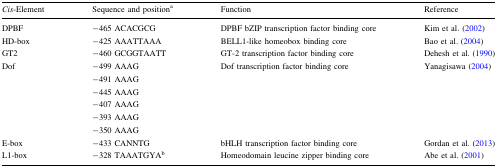
<table><thead><tr><td><b><i>Cis</i>-Element</b></td><td><b>Sequence and position<sup>a</sup></b></td><td><b>Function</b></td><td><b>Reference</b></td></tr></thead><tbody><tr><td>DPBF</td><td>−465 ACACGCG</td><td>DPBF bZIP transcription factor binding core</td><td>Kim et al. (2002)</td></tr><tr><td>HD-box</td><td>−425 AAATTAAA</td><td>BELL1-like homeobox binding core</td><td>Bao et al. (2004)</td></tr><tr><td>GT2</td><td>−460 GCGGTAATT</td><td>GT-2 transcription factor binding core</td><td>Dehesh et al. (1990)</td></tr><tr><td rowspan="6">Dof</td><td>−499 AAAG</td><td rowspan="6">Dof transcription factor binding core</td><td rowspan="6">Yanagisawa (2004)</td></tr><tr><td>−491 AAAG</td></tr><tr><td>−445 AAAG</td></tr><tr><td>−407 AAAG</td></tr><tr><td>−393 AAAG</td></tr><tr><td>−350 AAAG</td></tr><tr><td>E-box</td><td>−433 CANNTG</td><td>bHLH transcription factor binding core</td><td>Gordan et al. (2013)</td></tr><tr><td>L1-box</td><td>−328 TAAATGYA<sup>b</sup></td><td>Homeodomain leucine zipper binding core</td><td>Abe et al. (2001)</td></tr></tbody></table>